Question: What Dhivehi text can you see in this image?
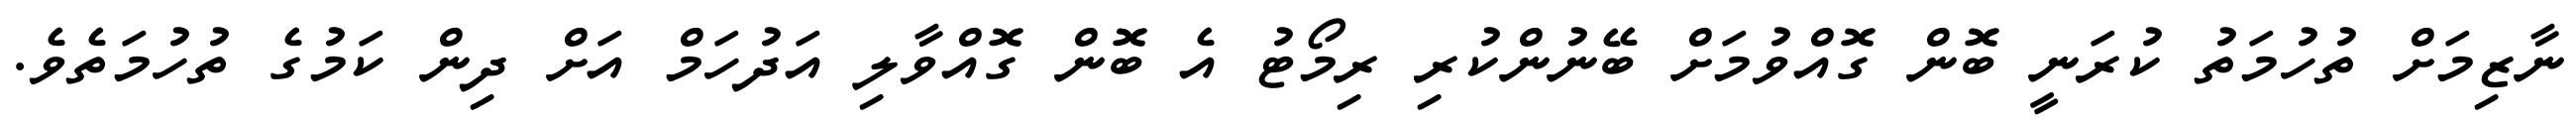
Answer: ނާޒިމަށް ތުހުމަތު ކުރަނީ ބޮން ގޮއްވުމަށް ބޭނުންކުރި ރިމޯޓު އެ ބޮން ގޮއްވާލި އަދުހަމް އަށް ދިން ކަމުގެ ތުހުމަތެވެ.